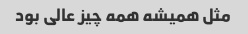
مثل همیشه همه چیز عالی بود